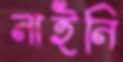
নাইনি